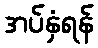
အပ်နှံရန်